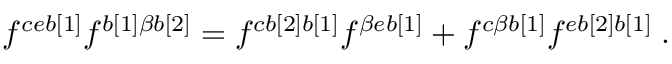
f ^ { c e b [ 1 ] } f ^ { { b [ 1 ] \beta b [ 2 ] } } = f ^ { c b [ 2 ] b [ 1 ] } f ^ { { \beta e b [ 1 ] } } + f ^ { { c \beta b [ 1 ] } } f ^ { e b [ 2 ] b [ 1 ] } \; .